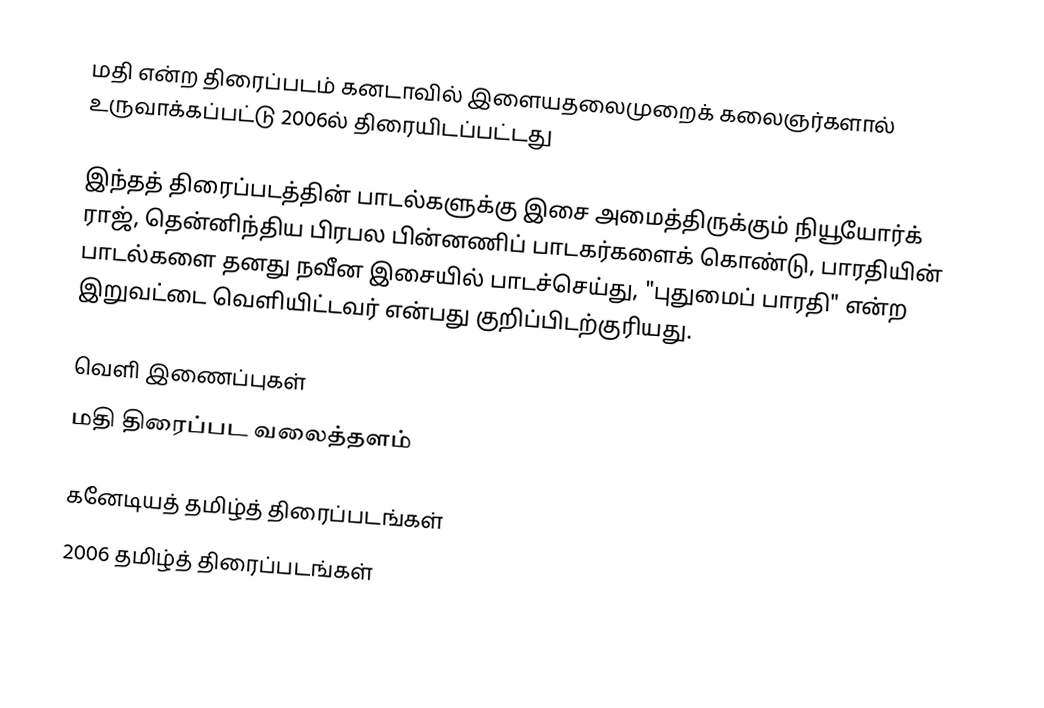
மதி என்ற திரைப்படம் கனடாவில் இளையதலைமுறைக் கலைஞர்களால் உருவாக்கப்பட்டு 2006ல் திரையிடப்பட்டது

இந்தத் திரைப்படத்தின் பாடல்களுக்கு இசை அமைத்திருக்கும் நியூயோர்க் ராஜ், தென்னிந்திய பிரபல பின்னணிப் பாடகர்களைக் கொண்டு, பாரதியின் பாடல்களை தனது நவீன இசையில் பாடச்செய்து, "புதுமைப் பாரதி" என்ற இறுவட்டை வெளியிட்டவர் என்பது குறிப்பிடற்குரியது.

வெளி இணைப்புகள்
மதி திரைப்பட வலைத்தளம்

கனேடியத் தமிழ்த் திரைப்படங்கள்
2006 தமிழ்த் திரைப்படங்கள்